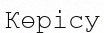
Көрісу